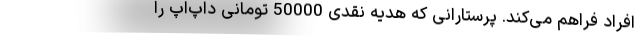
افراد فراهم می‌کند. پرستارانی که هدیه نقدی 50000 تومانی داپ‌اَپ را